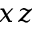
x z